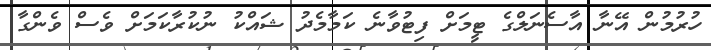
ހުރުމުން އޭނާ އާސެނަލްގެ ޓީމަށް ފިޓުވާނެ ކަމާމެދު ޝައްކު ނުކުރާކަމަށް ވެސް ވެންގާ